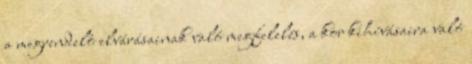
a megrendelô elvárásainak való megfelelés, a kor kihívásaira való